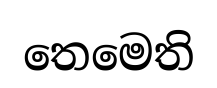
තෙමෙති